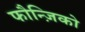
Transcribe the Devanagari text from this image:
फौन्ज़िको